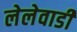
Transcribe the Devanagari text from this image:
लेलेवाडी